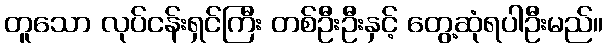
တူသော လုပ်ငန်းရှင်ကြီး တစ်ဦးဦးနှင့် တွေ့ဆုံရပါဦးမည်။